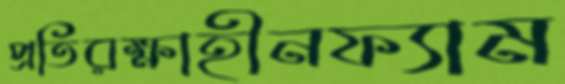
প্রতিরক্ষাহীনফ্যাম